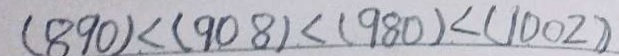
( 8 9 0 ) < ( 9 0 8 ) < ( 9 8 0 ) < ( 1 0 0 2 )